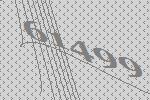
61499